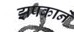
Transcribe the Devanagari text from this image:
झपकाने